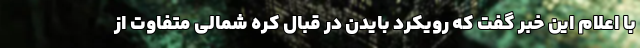
با اعلام این خبر گفت که رویکرد بایدن در قبال کره شمالی متفاوت از